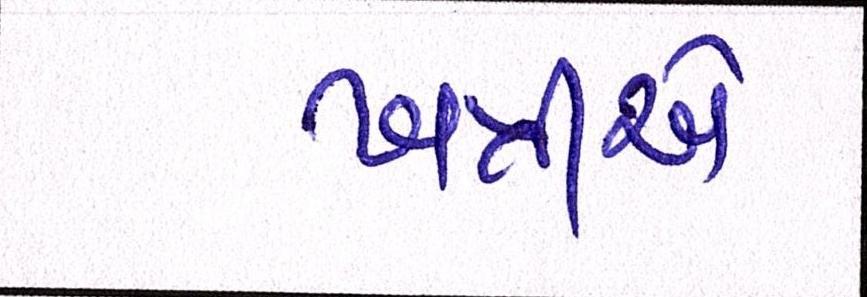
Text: ખત્રીએ